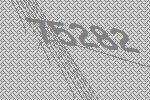
75282